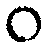
၀